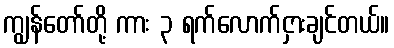
ကျွန်တော်တို့ ကား ၃ ရက်လောက်ငှားချင်တယ်။